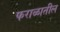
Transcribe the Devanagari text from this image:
फराळातील